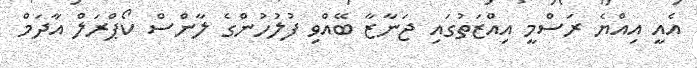
އެއީ އިއްޔެ ރަސްމީ އިއްޒަތުގައި ޖަނާޒާ ބޭއްވި ފުލުހުންގެ ލާންސް ކޯޕްރަލް އާދަމް